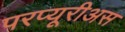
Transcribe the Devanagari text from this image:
परप्यूरीअस